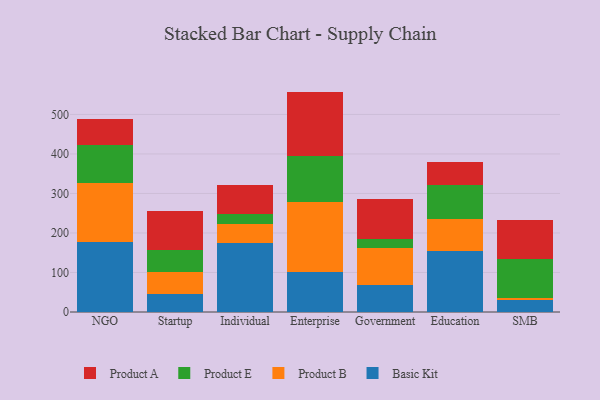
{"axis": {"x": "Segment", "y": "Backlog"}, "legend": ["Basic Kit", "Product A", "Product B", "Product E"], "data": [{"x": "NGO", "y": 177.3, "type": "Basic Kit"}, {"x": "NGO", "y": 148.4, "type": "Product B"}, {"x": "NGO", "y": 97.1, "type": "Product E"}, {"x": "NGO", "y": 66.5, "type": "Product A"}, {"x": "Startup", "y": 44.6, "type": "Basic Kit"}, {"x": "Startup", "y": 57.1, "type": "Product B"}, {"x": "Startup", "y": 54.3, "type": "Product E"}, {"x": "Startup", "y": 100.7, "type": "Product A"}, {"x": "Individual", "y": 175.0, "type": "Basic Kit"}, {"x": "Individual", "y": 48.6, "type": "Product B"}, {"x": "Individual", "y": 25.3, "type": "Product E"}, {"x": "Individual", "y": 72.5, "type": "Product A"}, {"x": "Enterprise", "y": 102.3, "type": "Basic Kit"}, {"x": "Enterprise", "y": 175.8, "type": "Product B"}, {"x": "Enterprise", "y": 116.9, "type": "Product E"}, {"x": "Enterprise", "y": 162.8, "type": "Product A"}, {"x": "Government", "y": 69.3, "type": "Basic Kit"}, {"x": "Government", "y": 92.9, "type": "Product B"}, {"x": "Government", "y": 21.5, "type": "Product E"}, {"x": "Government", "y": 101.6, "type": "Product A"}, {"x": "Education", "y": 153.7, "type": "Basic Kit"}, {"x": "Education", "y": 81.8, "type": "Product B"}, {"x": "Education", "y": 85.1, "type": "Product E"}, {"x": "Education", "y": 57.9, "type": "Product A"}, {"x": "SMB", "y": 29.6, "type": "Basic Kit"}, {"x": "SMB", "y": 5.9, "type": "Product B"}, {"x": "SMB", "y": 99.5, "type": "Product E"}, {"x": "SMB", "y": 98.2, "type": "Product A"}]}